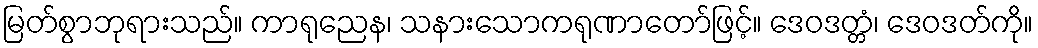
မြတ်စွာဘုရားသည်။ ကာရုညေန၊ သနားသောကရုဏာတော်ဖြင့်။ ဒေဝဒတ္တံ၊ ဒေဝဒတ်ကို။